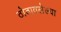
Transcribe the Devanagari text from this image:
ठोठावलेल्या